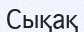
Сықақ